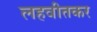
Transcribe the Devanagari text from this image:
लहवीतकर